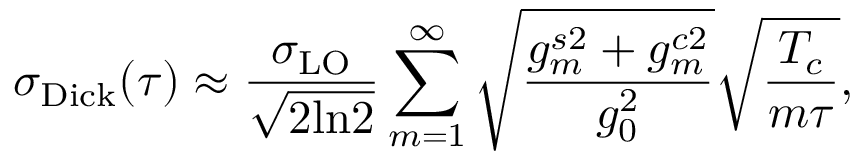
\sigma _ { \mathrm { D i c k } } ( \tau ) \approx \frac { \sigma _ { \mathrm { L O } } } { \sqrt { 2 \mathrm { l n } 2 } } \sum _ { m = 1 } ^ { \infty } \sqrt { \frac { g _ { m } ^ { s 2 } + g _ { m } ^ { c 2 } } { g _ { 0 } ^ { 2 } } } \sqrt { \frac { T _ { c } } { m \tau } } ,